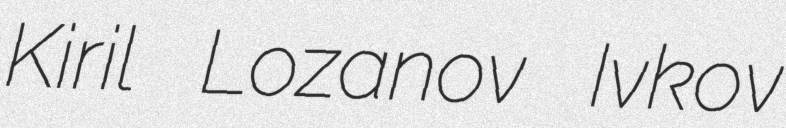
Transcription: Kiril Lozanov Ivkov